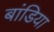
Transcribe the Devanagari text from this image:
बांडिया